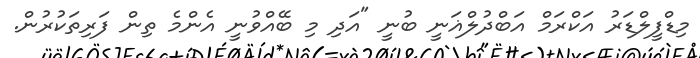
މިޑްފީލްޑަރު އަކްރަމް އަބްދުލްޣަނީ ބުނީ "އަދި މި ބޭއްވުނީ އެންމެ ތިން ފަރިތަކުރުން.